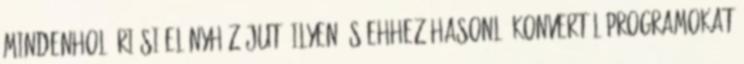
mindenhol óriási előnyhöz jut. Ilyen és ehhez hasonló konvertálóprogramokat